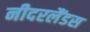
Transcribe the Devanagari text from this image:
नीदरलैंडस